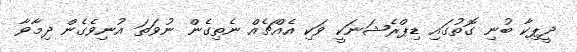
ދީޕިކާ ބުނި ގޮތުގައި ޑިޕްރެޝަނަކީ ވަކި އެއްޗެއް ނެތިގެން ނުވަތަ އުނިވެގެން ދިމާވާ